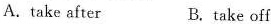
A.take after B.take off